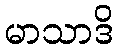
မာသာဒိ